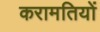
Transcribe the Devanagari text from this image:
करामतियों